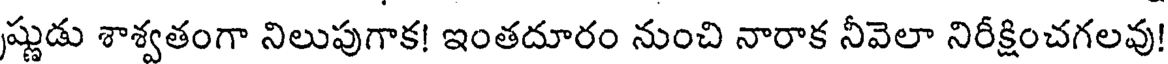
ష్ణుడు శాశ్వతంగా నిలుపుగాక! ఇంతదూరం నుంచి నారాక నీవెలా నిరీక్షించగలవు